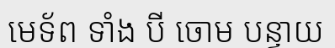
មេទ័ព ទាំង បី ចោម បន្ទាយ